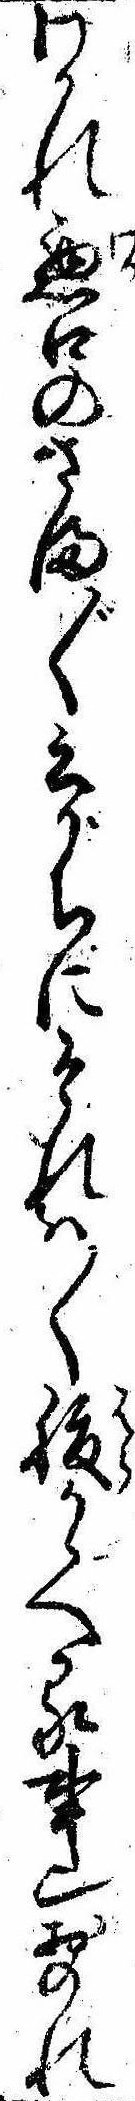
わかれ悪口のさま〲云がちにそれは〱腹かゝへる事也おのれ